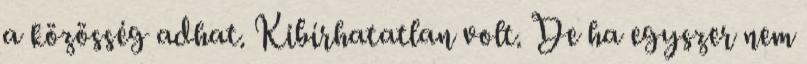
a közösség adhat. Kibírhatatlan volt. De ha egyszer nem